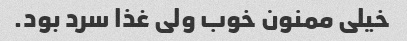
خیلی ممنون خوب ولی غذا سرد بود.